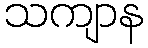
သကျာန